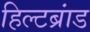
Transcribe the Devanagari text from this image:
हिल्टब्रांड